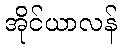
အိုင်ယာလန်